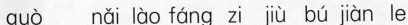
guò nǎi lào fáng zi jiù bú jiàn le